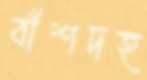
বাঁশদহ